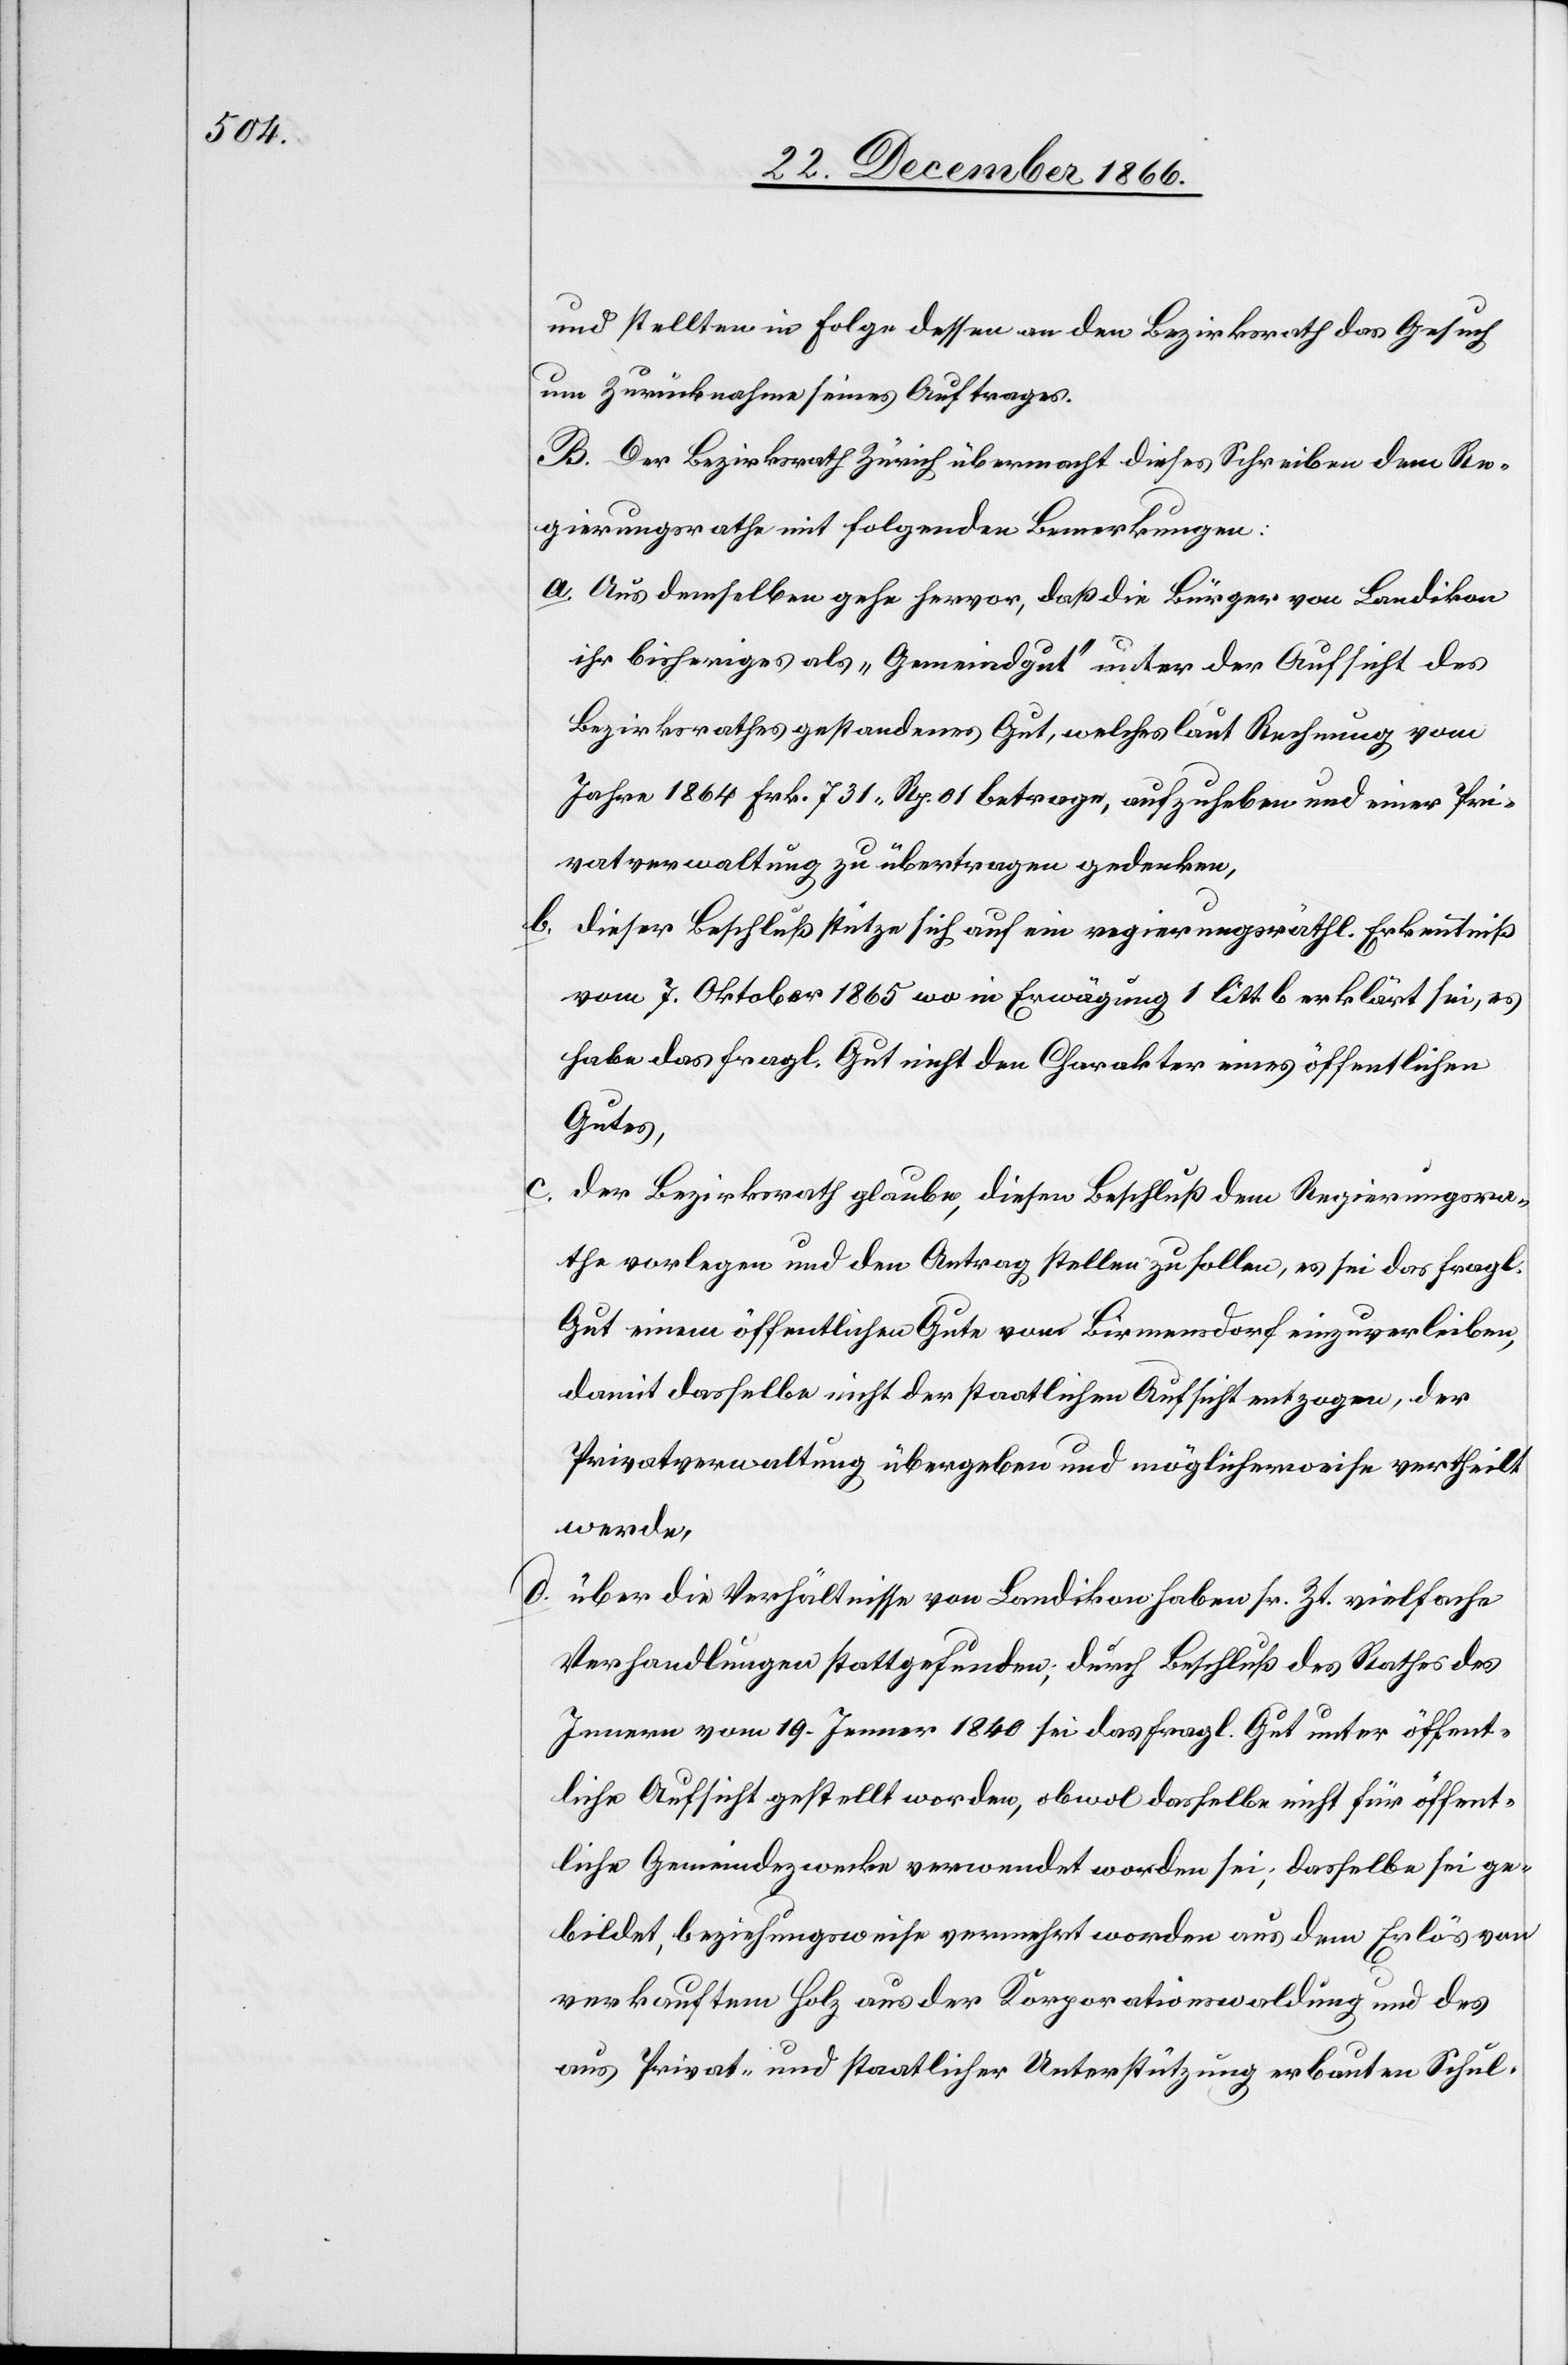
und stellten in Folge dessen an den Bezirksrath das Gesuch
um Zurücknahme seines Auftrages.
B. Der Bezirksrath Zürich übermacht dieses Schreiben dem Re¬
gierungsrathe mit folgenden Bemerkungen:
a. Aus demselben gehe hervor, daß die Bürger von Landikon
ihr bisheriges als „Gemeindgut“ unter der Aufsicht des
Bezirksrathes gestandenes Gut, welches laut Rechnung vom
Jahre 1864 Frk. 731. Rp. 01 betrage, aufzuheben und einer Pri¬
vatverwaltung zu übertragen gedenken,
b. dieser Beschluß stütze sich auf ein[e] regierungsräthl. Erkenntniß
vom 7. Oktober 1865 wo in Erwägung 1 litt. b erklärt sei, es
habe das fragl. Gut nicht den Charakter eines öffentlichen
Gutes,
der Bezirksrath glaube, diesen Beschluß dem Regierungsra¬
the vorlegen und den Antrag stellen zu sollen, es sei das fragl.
Gut einem öffentlichen Gute von Birmensdorf einzuverleiben,
damit dasselbe nicht der staatlichen Aufsicht entzogen, der
Privatverwaltung übergeben und möglicherweise vertheilt
werde,
d. über die Verhältnisse von Landikon haben sr. Zt. vielfache
Verhandlungen stattgefunden; durch Beschluß des Rathes des
Innern vom 19. Jenner 1840 sei das fragl. Gut unter öffent¬
liche Aufsicht gestellt worden, obwol dasselbe nicht für öffent¬
liche Gemeindezwecke verwendet worden sei; dasselbe sei ge¬
bildet, beziehungsweise vermehrt worden aus dem Erlös von
verkauftem Holz aus der Korporationswaldung und des
aus Privat- und staatlicher Unterstützung erbauten Schul-